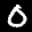
Label: 0